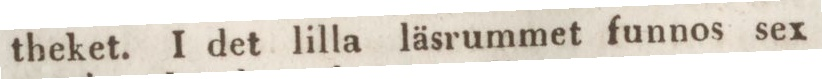
theket. I det lilla läsrummet funnos sex